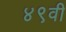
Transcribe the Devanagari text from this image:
४९वी